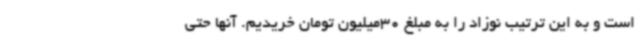
است و به این ترتیب نوزاد را به مبلغ 30میلیون تومان خریدیم. آنها حتی